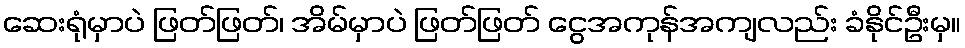
ဆေးရုံမှာပဲ ဖြတ်ဖြတ်၊ အိမ်မှာပဲ ဖြတ်ဖြတ် ငွေအကုန်အကျလည်း ခံနိုင်ဦးမှ။